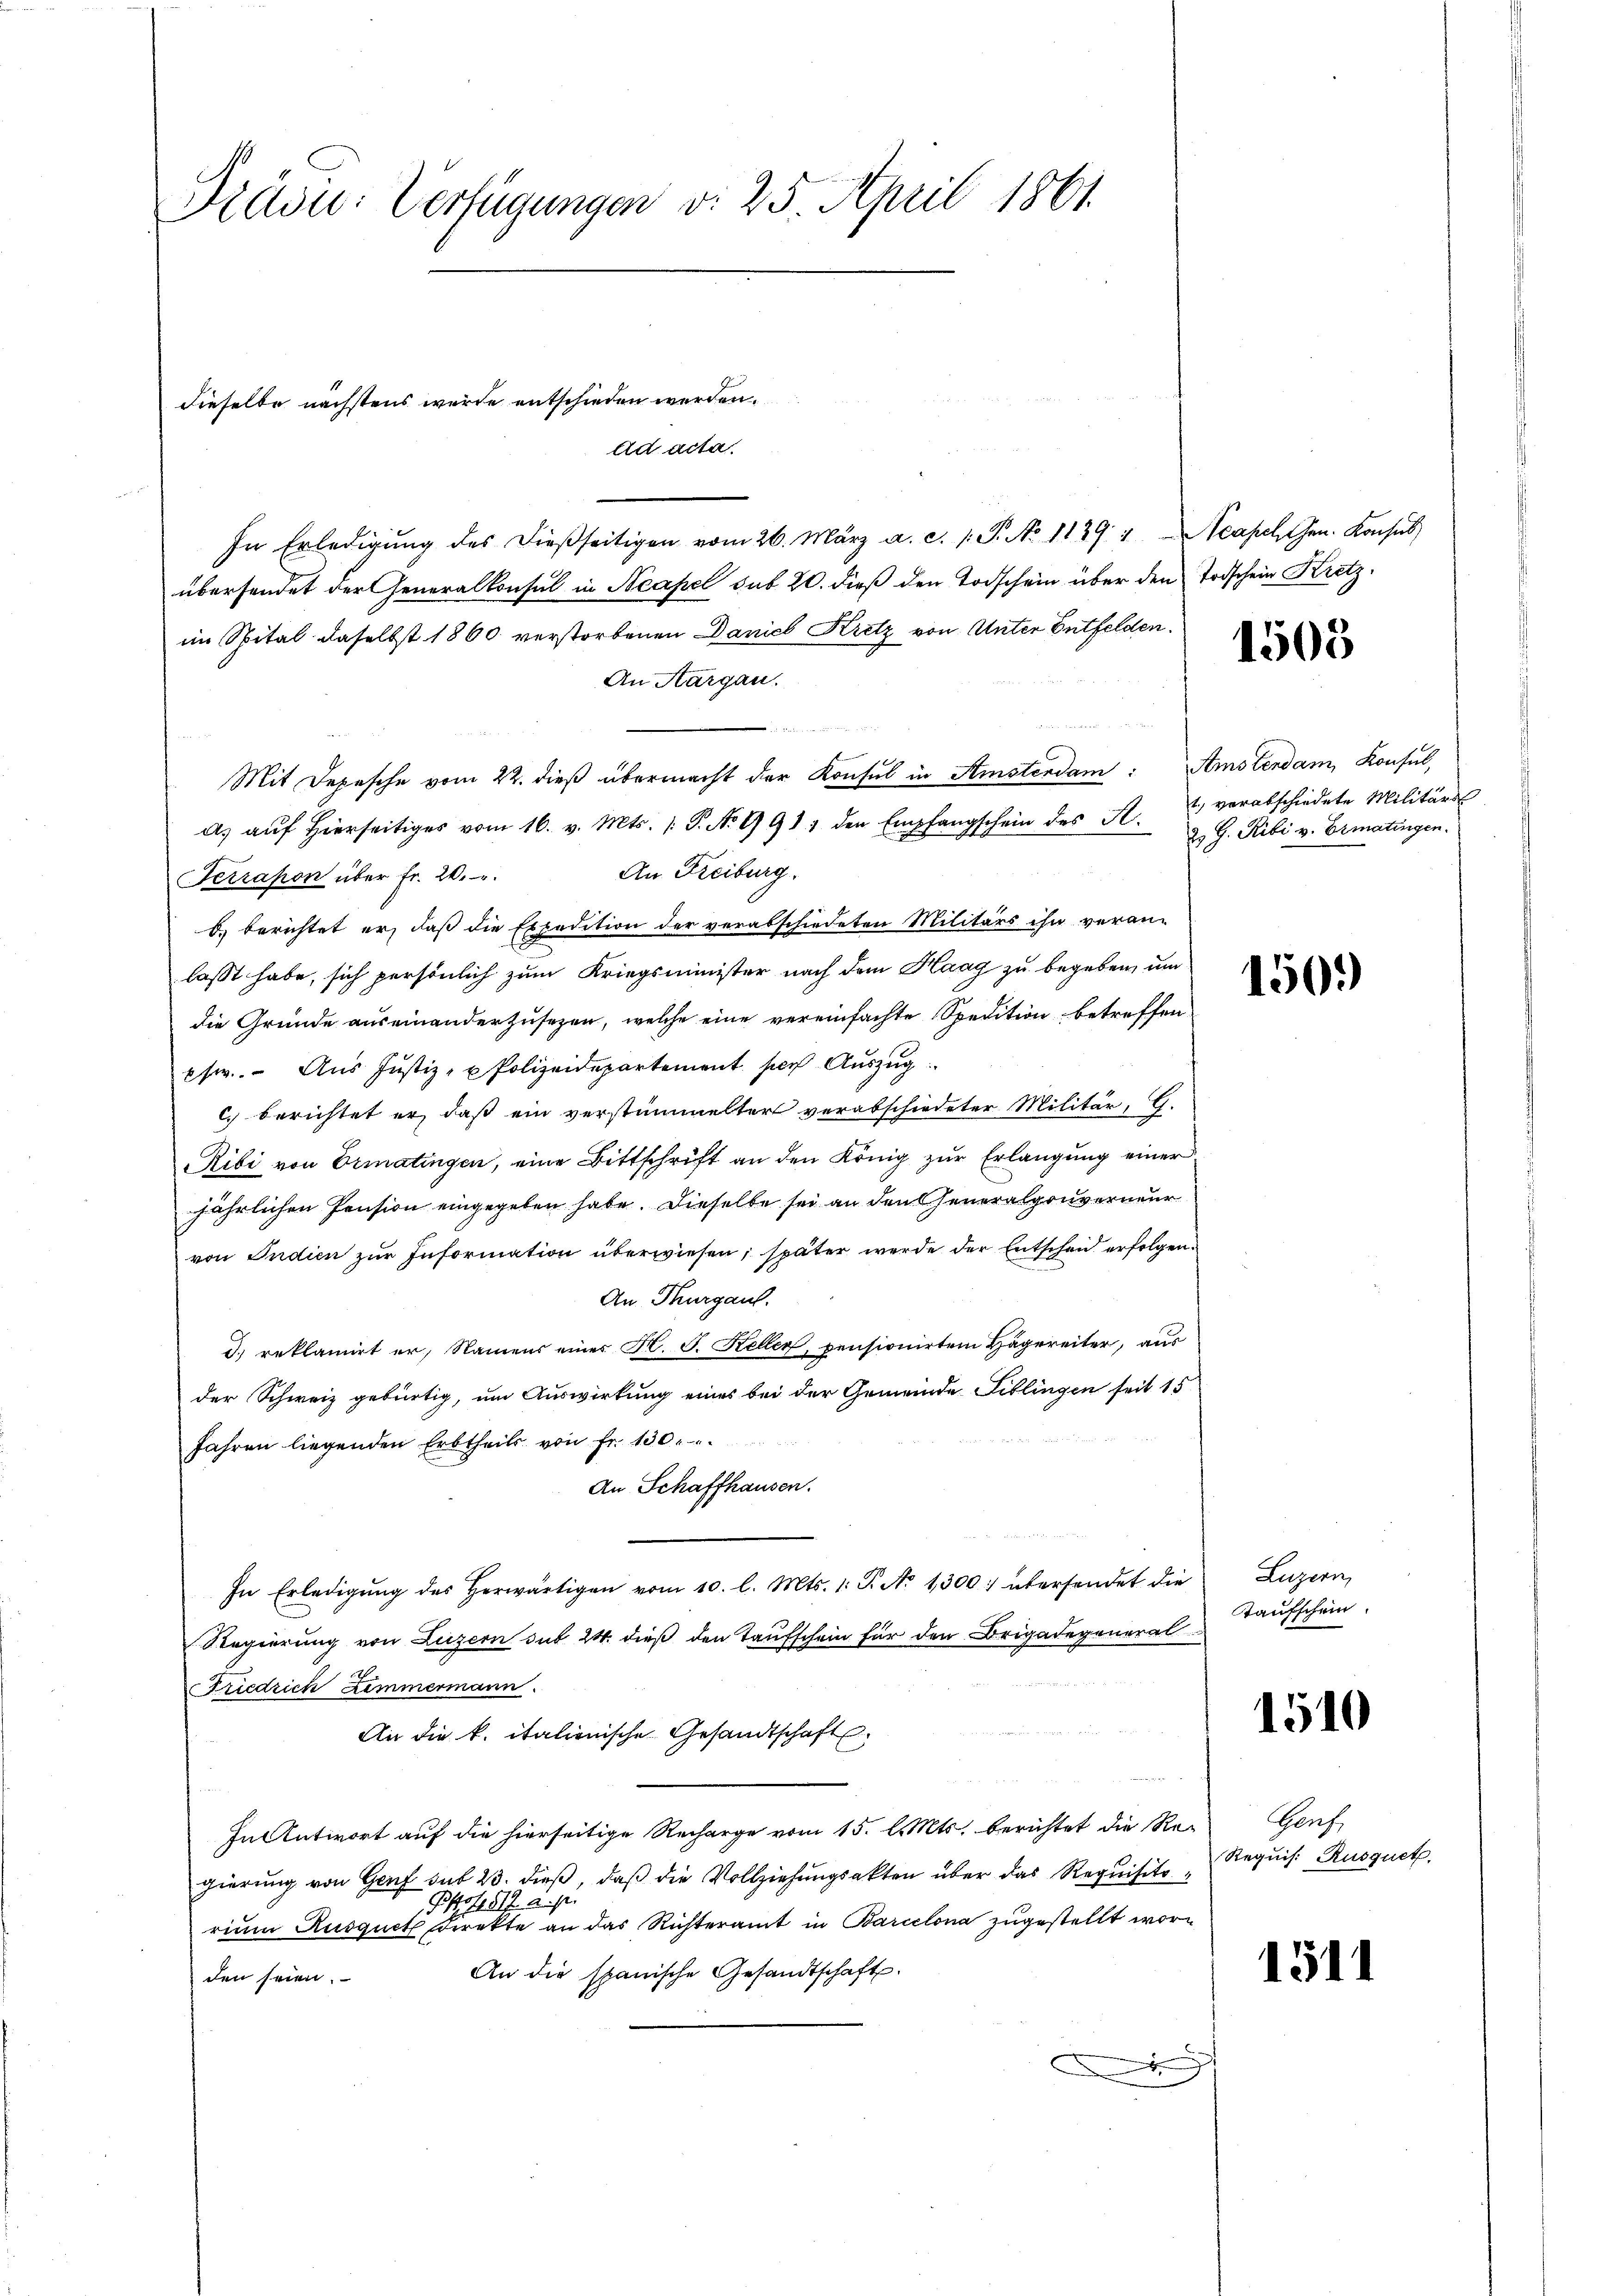
Präsu: Verfügungen v. 25. April 1861.

dieselbe nächstens wurde entschieden werden.
Ad acta.

In Erledigŭng des dießseitigen vom 26. März a. c. 1. P. No 1139. 4. Neapel Gen. Konsul
übersendet der Generalkonsul in Neapel sub 20. dieß den Todschein über den Todschein Kretz-
im Spital daselbst 1860 verstorbenen Daniel Kretz von Unter Entfelden.
An Aargau.
4
Mit Depesche vom 22. dieß übermacht der Konsul in Stinsterdam: Amstendam, Konsul,
a. aŭf hierseitiges vom 16. v. Mts. 1. P. Nr. 1911 den Empfangschein des A. verabschiedete Militärs
An Freiburg.
Ferrahon über Fr. 20.
b. berichtet er, daß die Expedition der verabschiedeten Militärs ihn veran-
lasst habe, sich persönlich zum Kriegsminister nach dem Haag zu begeben, um
die Gründe auseinanderzusezen, welche eine vereinfachte Spedition betreffen
pfw.. Aus Justiz- u Polizeidepartement ser Auszug
c. berichtet er, daß ein verstümmeltert verabschiedeter Militär, G.
Ribi von Ermatingen, eine Bittschrift an den König zŭr Erlangŭng einer
jährlichen Pension eingegeben habe. Dieselbe sei an den Generalgouverneur
von Indien zur Information überwiesen; später werde der Entscheid erfolgen.
An Thurgau.
d. reklamirt er, Namens eines H. J. Keller, pensionirten Hägereiter, aus
der Schweiz gebürtig, um Auswirkung eines bei der Gemeinde Fiblingen seit 15
Jahren liegenden Erbtheils von fr. 130.
An Schaffhausen.

In Erledigŭng des herwärtigen vom 10. l. Mts. 1. P. No 1300. übersendet die
Regierung von Luzern sub 24. dieß den Taufschein für den Brigadegeneral
Friedrich Zemmermann.
An die k. italienische Gesandtschaft
In Antwort auf die hierseitige Recharge vom 15. l. Mts. berichtet die Re-Genf
gierung von Genf sub 23. dieß, daß die Vollziehungsakten über das Requisito¬
Phof. 812 a. p.
rium Ausgueth Direkte an das Richteramt in Barcelona zugestellt wor¬
An die spanische Gesandtschaft.
den seien.
.

1505

2. G. Ribi v. Ermatingen.

150.

Luzern
Kaufschein

1510

Requis. Rusquet

1511